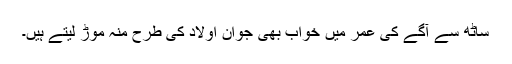
ساٹھ سے آگے کی عمر میں خواب بھی جوان اولاد کی طرح منہ موڑ لیتے ہیں۔